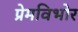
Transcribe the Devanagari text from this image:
प्रेमविभोर